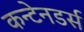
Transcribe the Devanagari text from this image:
कन्टेनडर्स